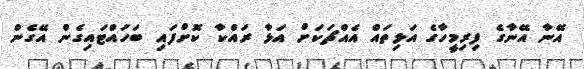
އޭނާ އޭނާގެ ފިރިމީހާގެ އަޅިތައް އެއްޗަކަށް އަޅާ ރައްކާ ކޮށްފައި ބަހައްޓައިގެން އޭގެން